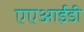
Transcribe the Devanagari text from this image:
एएआईडी